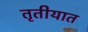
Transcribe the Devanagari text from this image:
तृतीयात